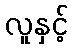
လူနှင့်